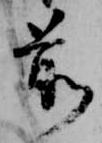
前